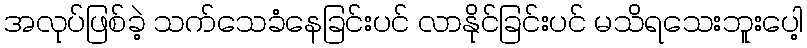
အလုပ်ဖြစ်ခဲ့ သက်သေခံနေခြင်းပင် လာနိုင်ခြင်းပင် မသိရသေးဘူးပေါ့